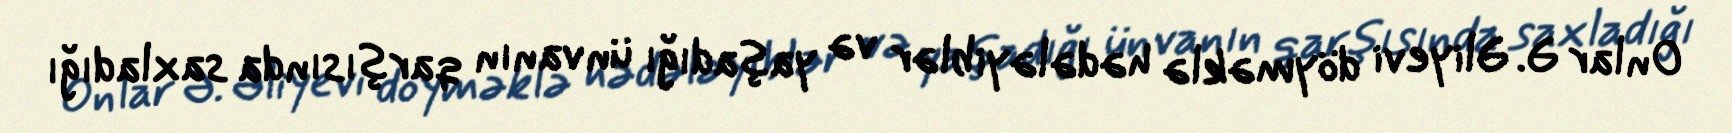
Onlar Ə. Əliyevi döyməklə hədələyiblər və yaşadığı ünvanın qarşısında saxladığı